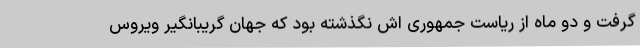
گرفت و دو ماه از ریاست جمهوری اش نگذشته بود که جهان گریبانگیر ویروس